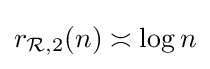
r_{{\mathcal {R}},2}(n)\asymp \log n